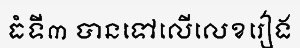
ធំទី៣ បានទៅលើលេខរៀង